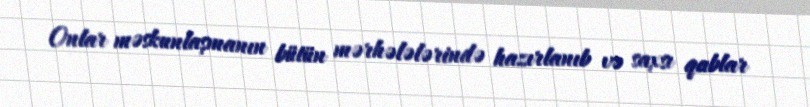
Onlar məskunlaşmanın bütün mərhələlərində hazırlanıb və saxsı qablar